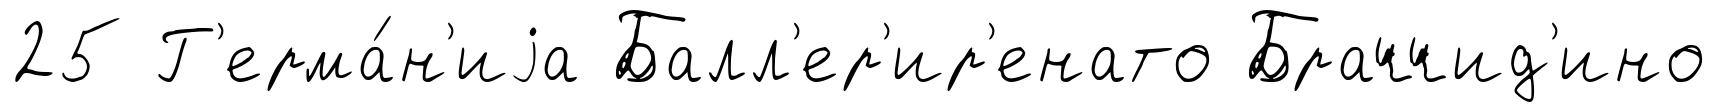
25 Г'ерма́н'иjа Балл'ер'ир'енато Браччид'ино